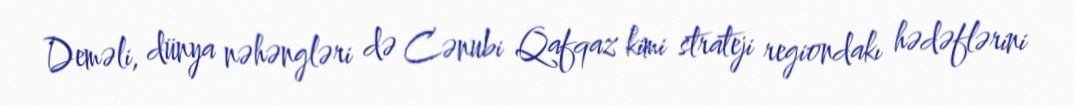
Deməli, dünya nəhəngləri də Cənubi Qafqaz kimi strateji regiondakı hədəflərini